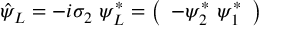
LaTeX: \hat { \psi } _ { L } = - i \sigma _ { 2 } ~ \psi _ { L } ^ { \ast } = \left( \begin{array} { c } { { - \psi _ { 2 } ^ { \ast } \ \psi _ { 1 } ^ { \ast } } } \end{array} \right)